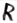
Text: R